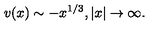
v ( x ) \sim - x ^ { 1 / 3 } , | x | \to \infty .